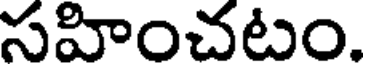
సహించటం.